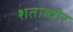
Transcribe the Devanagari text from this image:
शताब्दीर